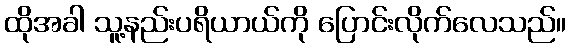
ထိုအခါ သူ့နည်းပရိယာယ်ကို ပြောင်းလိုက်လေသည်။